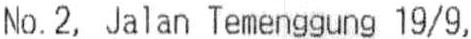
NO.2, JALAN TEMENGGUNG 19/9,